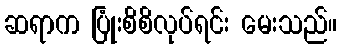
ဆရာက ပြုံးစိစိလုပ်ရင်း မေးသည်။